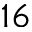
^ { 1 6 }